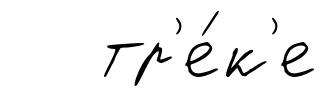
тр'е́к'е